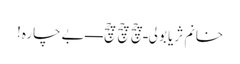
خانم ثریا بولی ـ چچ چچ چچ ـ ـ ـ ـ بےچارہ!